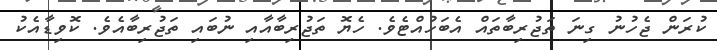
ކުރަން ޖެހުނު ގިނަ ތަޖުރިބާތައް އެބަހުއްޓެވެ. ހެޔޮ ތަޖުރިބާއާއި ނުބައި ތަޖުރިބާއެވެ. ކޮވިޑާއެކު